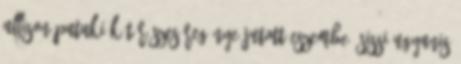
Allison Pataki két részes regénye jutott eszembe. Sissi ugyanis